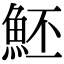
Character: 魾